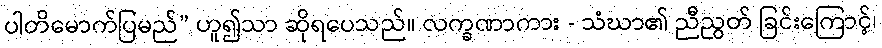
ပါတိမောက်ပြမည်” ဟူ၍သာ ဆိုရပေသည်။ လက္ခဏာကား - သံဃာ၏ ညီညွတ် ခြင်းကြောင့်၊